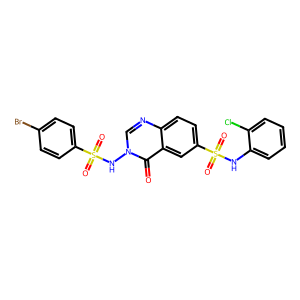
SMILES: O=c1c2cc(S(=O)(=O)Nc3ccccc3Cl)ccc2ncn1NS(=O)(=O)c1ccc(Br)cc1
Inhibits HIV replication: No